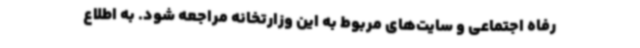
رفاه اجتماعی و سایت‌های مربوط به این وزارتخانه مراجعه شود. به اطلاع